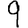
Digit: 9